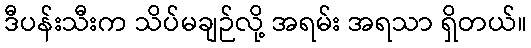
ဒီပန်းသီးက သိပ်မချဉ်လို့ အရမ်း အရသာ ရှိတယ်။